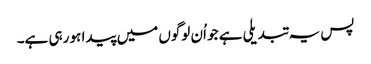
پس یہ تبدیلی ہے جو اُن لوگوں میں پیدا ہو رہی ہے۔